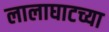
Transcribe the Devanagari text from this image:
लालाघाटच्या